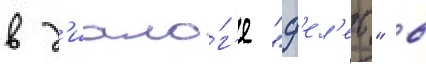
в д'иало́г'е "ф'ел'еб" в